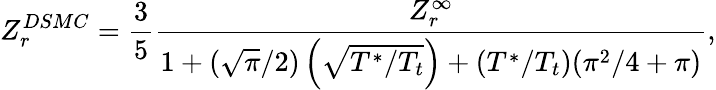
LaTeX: Z_{r}^{DSMC}=\frac{3}{5}\frac{Z_{r}^{\infty}}{1+(\sqrt{\pi}/2)\left(\sqrt{T^{\ast}/T_{t}}\right)+(T^{\ast}/T_{t})({\pi^{2}/4+\pi})},